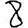
Digit: 8